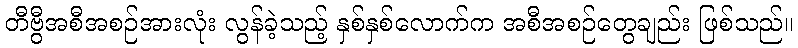
တီဗွီအစီအစဉ်အားလုံး လွန်ခဲ့သည့် နှစ်နှစ်လောက်က အစီအစဉ်တွေချည်း ဖြစ်သည်။